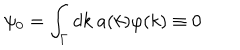
\psi _ { 0 } = \int _ { \Gamma } d k ~ a ( k ) \varphi ( k ) \equiv 0